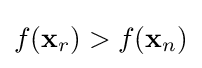
f(\mathbf {x} _{r})>f(\mathbf {x} _{n})